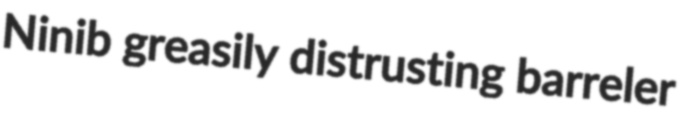
Ninib greasily distrusting barreler